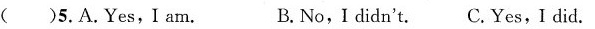
( )5.A.Yes,I am. B.No,I didn't. C.Yes,I did.